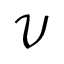
\mathcal { V }